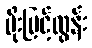
မိုးမြင့်ထွန်း